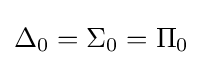
\Delta _{0}=\Sigma _{0}=\Pi _{0}